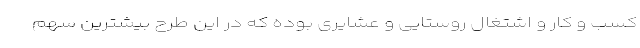
کسب و کار و اشتغال روستایی و عشایری بوده که در این طرح بیشترین سهم